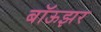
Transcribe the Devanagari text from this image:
बॉऊझर